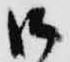
御